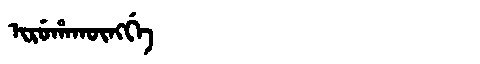
Manchu: ᡳᡵᡠᡥᠠᡴᡡᠩᡤᡝ
Romanization: IRUHAKŪNGGE